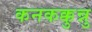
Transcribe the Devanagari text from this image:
कनकक्कुन्नु